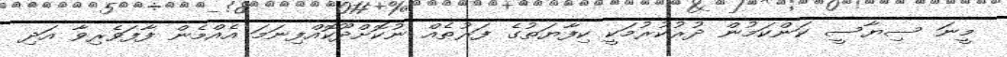
މީނަ ސިޔާސީ ކަންކަމުން ދުރުކުރުމަކީ ކިފާޔަތުގެ ފަރުޠެއް ނުކޮށްދޫކޮއްފިނަމަ އެއްމެން ފާފަވެރިވާ އަދި